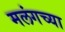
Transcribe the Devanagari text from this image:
मलंगच्या